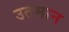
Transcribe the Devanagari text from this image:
उतमान